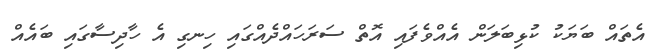
އެތައް ބަޔަކު ކުޅިބަލަން އެއްވެފައި އޮތް ސަރަހައްދެއްގައި ހިނގި އެ ހާދިސާގައި ބައެއް